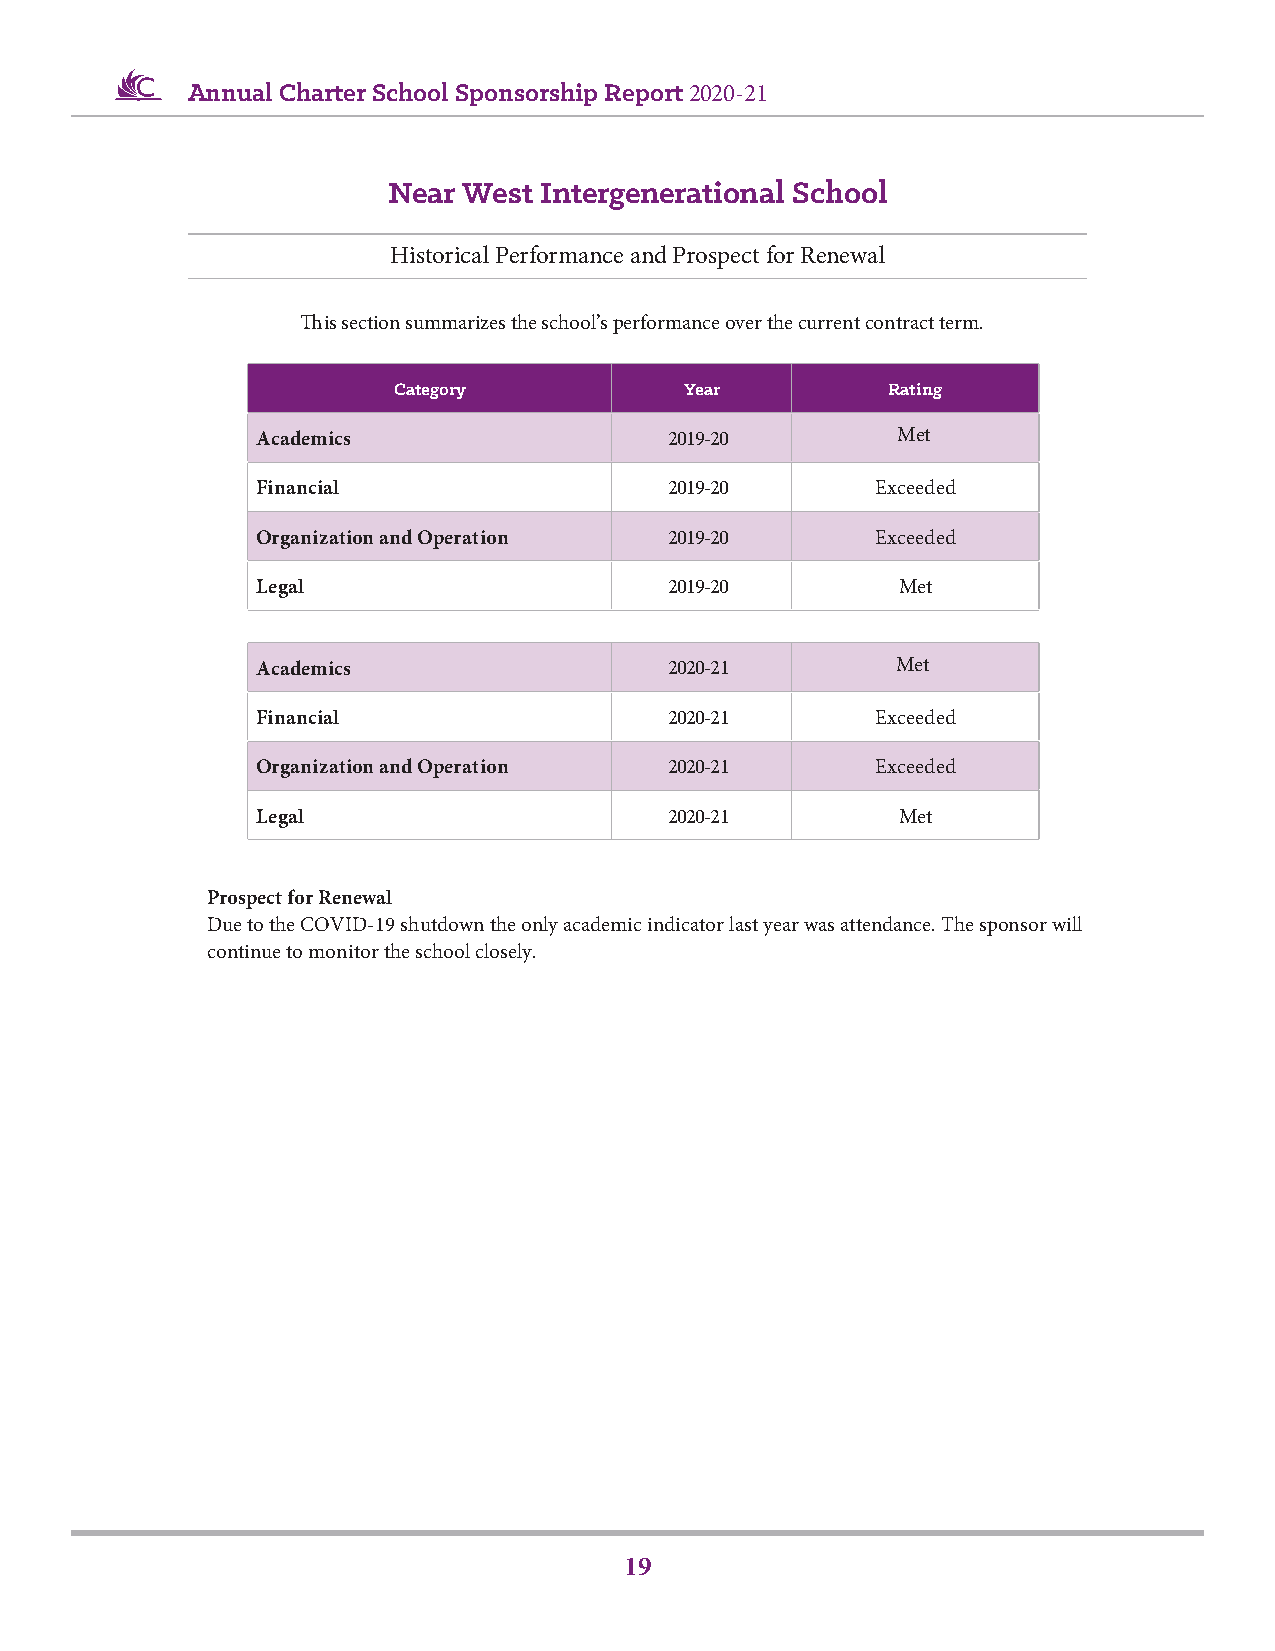
Annual Charter School Sponsorship Report 2020-21
 Near West Intergenerational School
 Historical Performance and Prospect for Renewal
 This section summarizes the school’s performance over the current contract term.
 Category           Year          Rating
 Academics                  2019-20        Met
 Financial                  2019-20       Exceeded
 Organization and Operation 2019-20       Exceeded
 Legal                      2019-20        Met
 Academics                  2020-21        Met
 Financial                  2020-21       Exceeded
 Organization and Operation 2020-21       Exceeded
 Legal                      2020-21        Met
 Prospect for Renewal
 Due to the COVID-19 shutdown the only academic indicator last year was attendance. The sponsor will
 continue to monitor the school closely.
 19